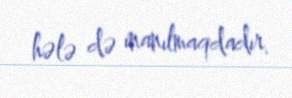
hələ də inanılmaqdadır.